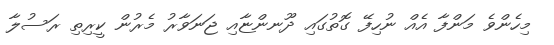
މިހެންވެ މަންފާ އެއް ނުހިފޭ ގޮތުގައި ދޫނންޏާއި ޖަނަވާރު މެރުން ކީރިތި ރަސުލާ